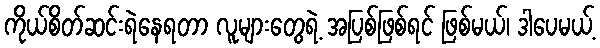
ကိုယ်စိတ်ဆင်းရဲနေရတာ လူများတွေရဲ့ အပြစ်ဖြစ်ရင် ဖြစ်မယ်၊ ဒါပေမယ့်